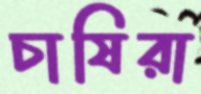
চাষিরা